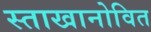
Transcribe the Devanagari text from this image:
स्ताखानोवित